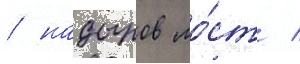
/ надыров мо́ст /